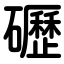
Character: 礰